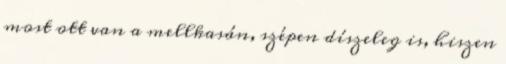
most ott van a mellkasán, szépen díszeleg is, hiszen